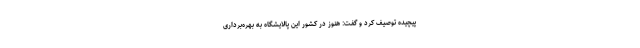
پیچیده توصیف کرد و گفت: هنوز در کشور این پالایشگاه به بهره‌برداری